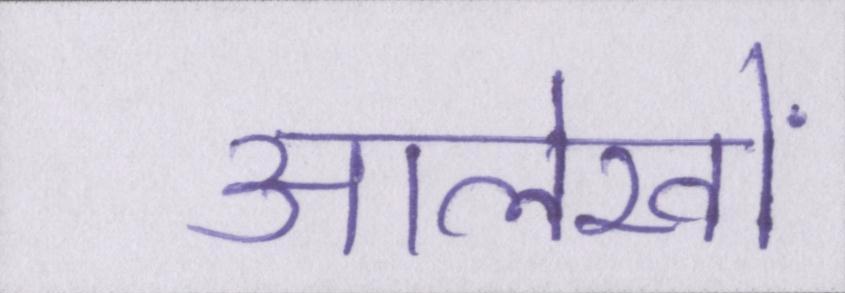
आलेखों